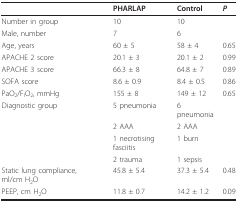
|  | PHARLAP | Control | P |
 | --- | --- | --- | --- |
 | Number in group | 10 | 10 |  |
 | Male, number | 7 | 6 |  |
 | Age, years | 60 ± 5 | 58 ± 4 | 0.65 |
 | APACHE 2 score | 20.1 ± 3 | 20.1 ± 2 | 0.99 |
 | APACHE 3 score | 66.3 ± 8 | 64.8 ± 7 | 0.89 |
 | SOFA score | 8.6 ± 0.9 | 8.4 ± 0.5 | 0.86 |
 | PaO2/FIO2, mmHg | 155 ± 8 | 149 ± 12 | 0.65 |
 | Diagnostic group | 5 pneumonia | 6 pneumonia |  |
 |  | 2 AAA | 2 AAA |  |
 |  | 1 necrotising fasciitis | 1 burn |  |
 |  | 2 trauma | 1 sepsis |  |
 | Static lung compliance, ml/cm H2O | 45.8 ± 5.4 | 37.3 ± 5.4 | 0.48 |
 | PEEP, cm H2O | 11.8 ± 0.7 | 14.2 ± 1.2 | 0.09 |